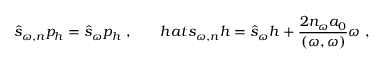
\hat { s } _ { \omega , n } p _ { h } = \hat { s } _ { \omega } p _ { h } \ , \ \ \ \ \ \, h a t { s } _ { \omega , n } h = \hat { s } _ { \omega } h + \frac { 2 n _ { \omega } a _ { 0 } } { ( \omega , \omega ) } \omega \ ,